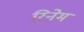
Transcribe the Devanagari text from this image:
रिनेम